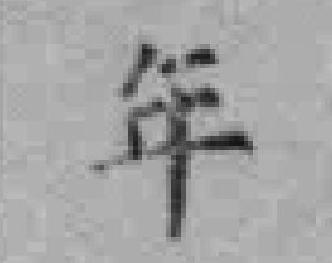
年